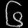
Digit: ၆